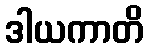
ဒါယကာတိ